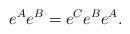
LaTeX: \begin{align*}e^A e^B = e^{C} e^{B}e^A.\end{align*}